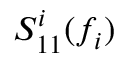
S _ { 1 1 } ^ { i } ( f _ { i } )